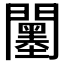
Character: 𨷅